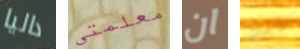
داليا معلمتي ان ذلك